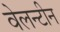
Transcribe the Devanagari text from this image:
वेलन्टीन